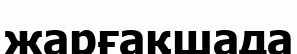
жарғақшада